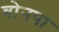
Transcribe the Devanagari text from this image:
बोनपा